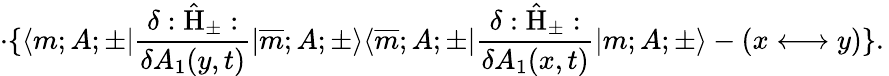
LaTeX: \cdot\{ \langle m;A;\pm|\frac{\delta:\hat{\mathrm{H}}_{\pm}:}{\delta A_{1}(y,t)}|\overline{{{m}}};A;\pm\rangle\langle\overline{{{m}}};A;\pm|\frac{\delta:\hat{\mathrm{H}}_{\pm}:}{\delta A_{1}(x,t)}|m;A;\pm\rangle-(x\longleftrightarrow y)\} .\,